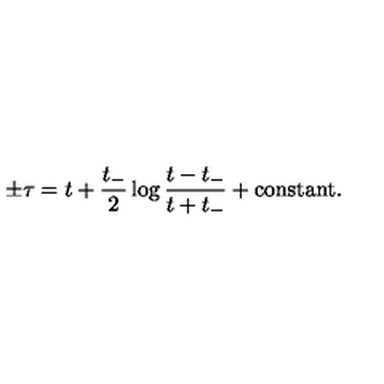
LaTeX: \pm \tau = t + \frac { t _ { - } } { 2 } \log \frac { t - t _ { - } } { t + t _ { - } } + \mathrm { c o n s t a n t } .